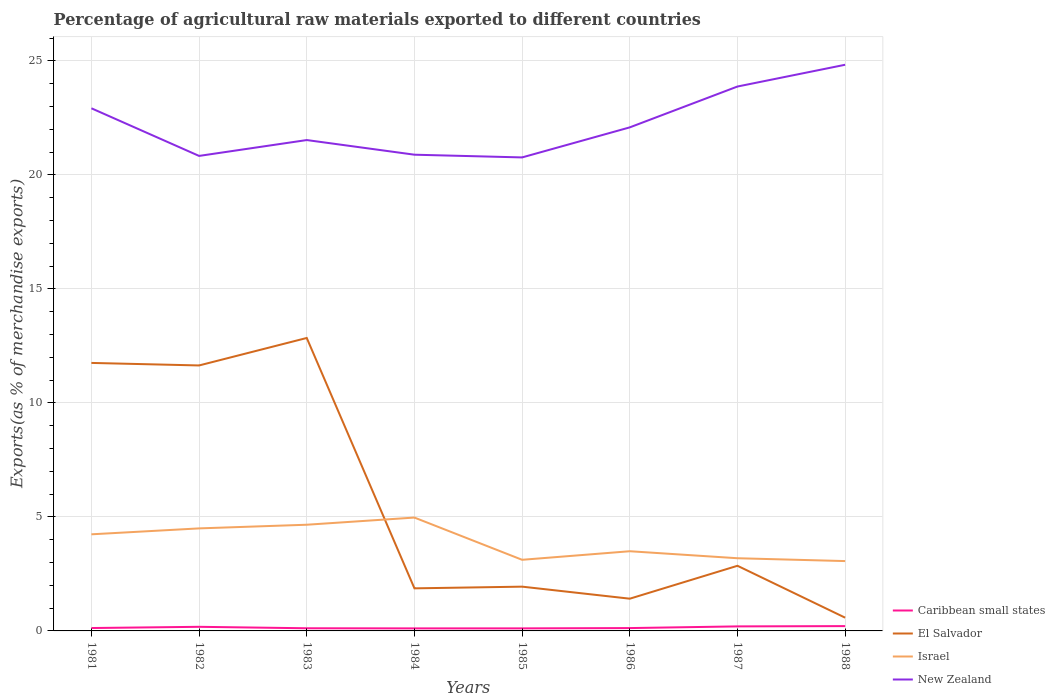
| Years | Caribbean small states | El Salvador | Israel | New Zealand |
 | --- | --- | --- | --- | --- |
 | 1981 | 0.126 | 11.8 | 4.24 | 22.9 |
 | 1982 | 0.18 | 11.6 | 4.5 | 20.8 |
 | 1983 | 0.116 | 12.8 | 4.66 | 21.5 |
 | 1984 | 0.111 | 1.87 | 4.97 | 20.9 |
 | 1985 | 0.111 | 1.94 | 3.12 | 20.8 |
 | 1986 | 0.125 | 1.41 | 3.5 | 22.1 |
 | 1987 | 0.198 | 2.86 | 3.19 | 23.9 |
 | 1988 | 0.211 | 0.581 | 3.06 | 24.8 |